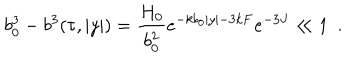
b _ { 0 } ^ { 3 } - b ^ { 3 } ( \tau , | y | ) = \frac { H _ { 0 } } { b _ { 0 } ^ { 2 } } e ^ { - k b _ { 0 } | y | - 3 k F } e ^ { - 3 J } \ll 1 ~ ~ .